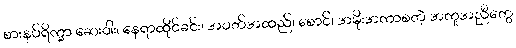
စားနပ်ရိက္ခာ ဆေးဝါး၊ နေရာထိုင်ခင်း၊ အဝတ်အထည်၊ စောင်၊ အမိုးအကာစတဲ့ အကူအညီတွေ